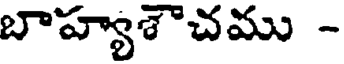
బాహ్యశౌచము -